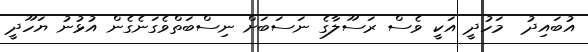
އުބައިދު  މަހުދީ އަކީ ވެސް ރަސޫލާގެ ނަސަބަށް ނިސްބަތްވެގަނެގެން އުޅުނު ޔަހޫދީ